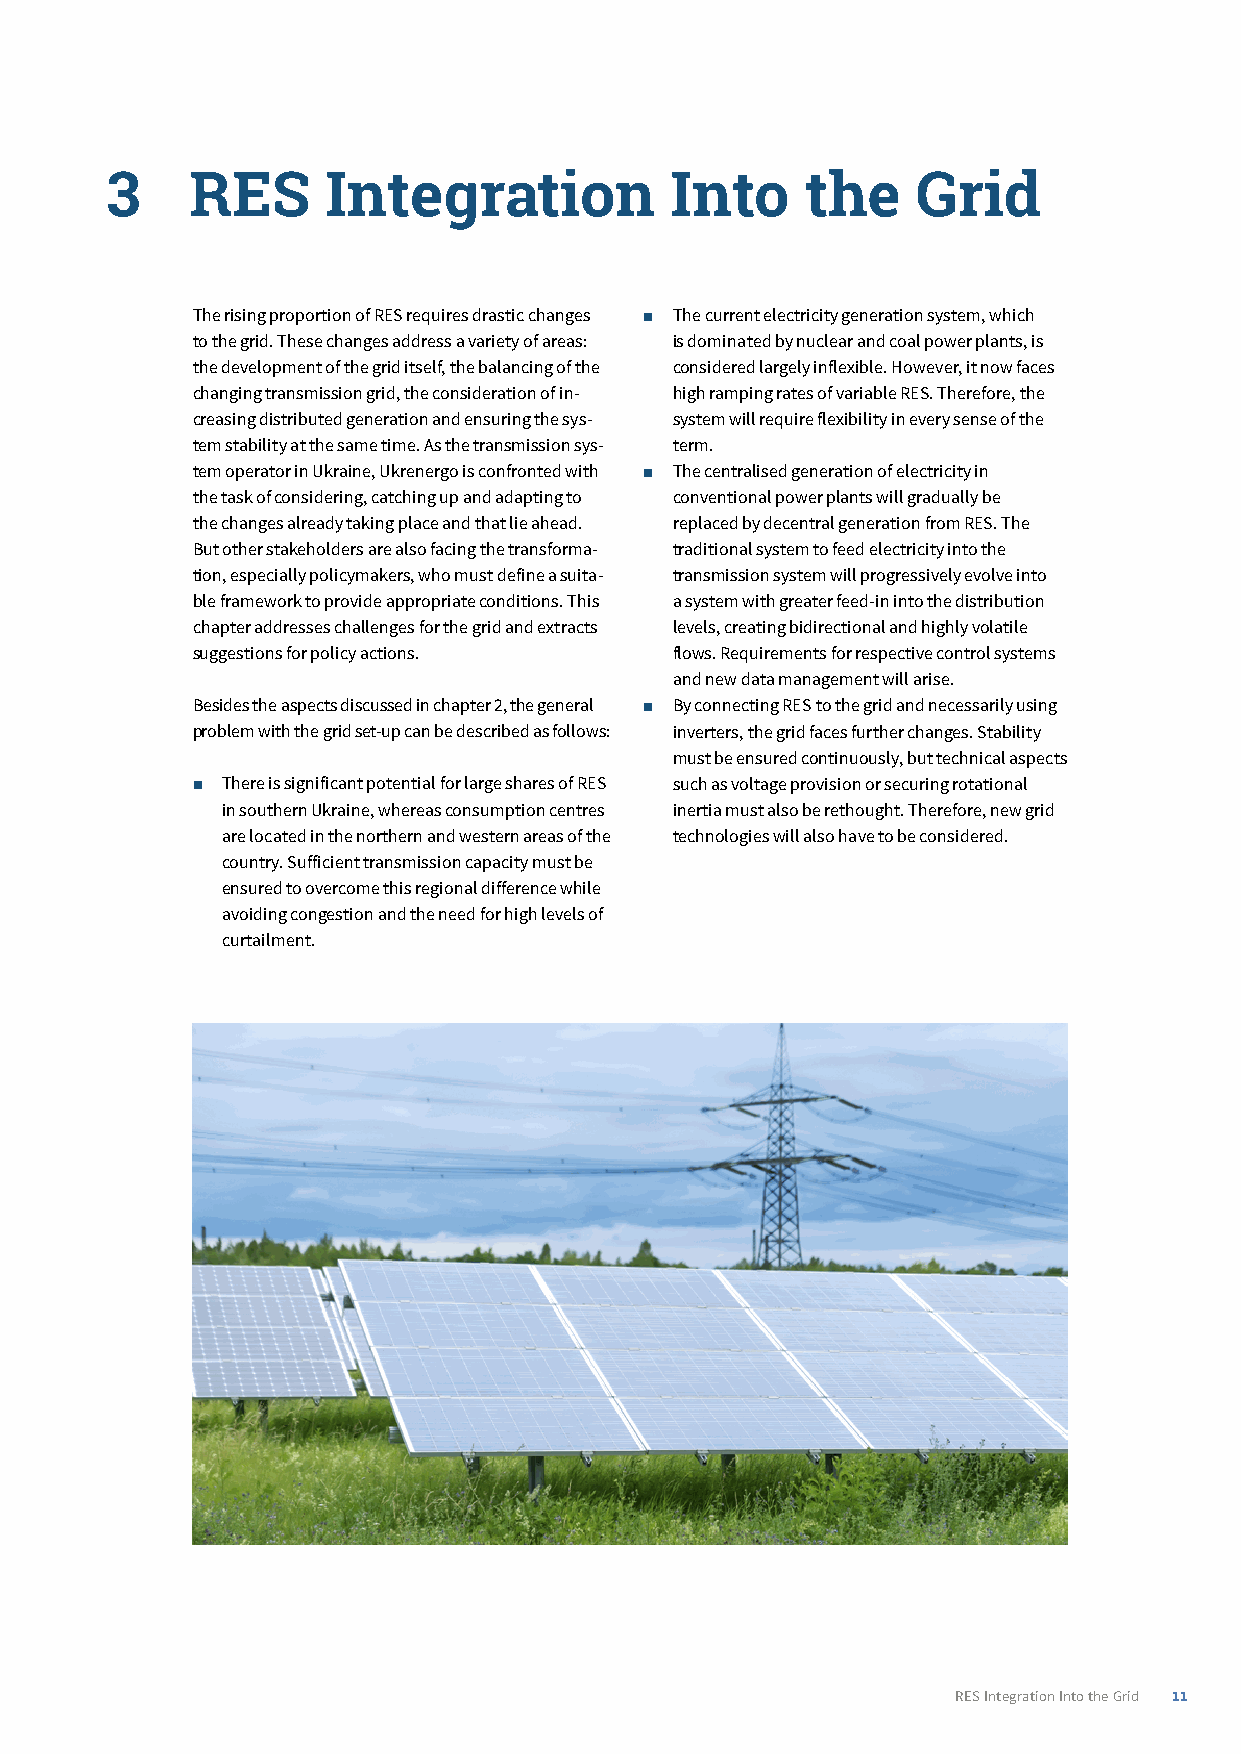
3­    RES­Integration­Into­the­Grid
 The rising proportion of RES requires drastic changes ■ The current electricity generation system, which
 to the grid. These changes address a variety of areas: is dominated by nuclear and coal power plants, is
 the development of the grid itself, the balancing of the considered largely inflexible. However, it now faces
 changing transmission grid, the consideration of in- high ramping rates of variable RES. Therefore, the
 creasing distributed generation and ensuring the sys- system will require flexibility in every sense of the
 tem stability at the same time. As the transmission sys- term.
 tem operator in Ukraine, Ukrenergo is confronted with ■ The centralised generation of electricity in
 the task of considering, catching up and adapting to conventional power plants will gradually be
 the changes already taking place and that lie ahead. replaced by decentral generation from RES. The
 But other stakeholders are also facing the transforma- traditional system to feed electricity into the
 tion, especially policymakers, who must define a suita- transmission system will progressively evolve into
 ble framework to provide appropriate conditions. This a system with greater feed-in into the distribution
 chapter addresses challenges for the grid and extracts levels, creating bidirectional and highly volatile
 suggestions for policy actions. flows. Requirements for respective control systems
 and new data management will arise.
 Besides the aspects discussed in chapter 2, the general ■ By connecting RES to the grid and necessarily using
 problem with the grid set-up can be described as follows: inverters, the grid faces further changes. Stability
 must be ensured continuously, but technical aspects
 ■ There is significant potential for large shares of RES such as voltage provision or securing rotational
 in southern Ukraine, whereas consumption centres inertia must also be rethought. Therefore, new grid
 are located in the northern and western areas of the technologies will also have to be considered.
 country. Sufficient transmission capacity must be
 ensured to overcome this regional difference while
 avoiding congestion and the need for high levels of
 curtailment.
 RES Integration Into the Grid 11